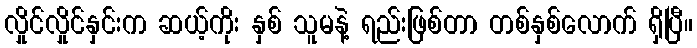
လှိုင်လှိုင်နှင်းက ဆယ့်ကိုး နှစ် သူမနဲ့ ရည်းဖြစ်တာ တစ်နှစ်လောက် ရှိပြီ။